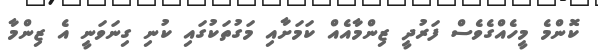
ކޮންމެ މީހެއްގެވެސް ފަރުދީ ޒިންމާއެއް ކަމަށާއި މަގުތަކުގައި ކުނި ގިނަވަނީ އެ ޒިންމާ